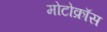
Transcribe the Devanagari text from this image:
मोटोक्राॅस